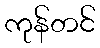
ကုန်တင်